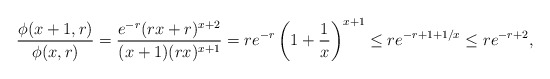
\begin{align*}\frac{\phi(x+1,r)}{\phi(x,r)}=\frac{e^{-r}(rx+r)^{x+2}}{(x+1)(rx)^{x+1}}= r e^{-r}\left(1+\frac{1}{x}\right)^{x+1}\le re^{-r+1+1/x}\le re^{-r+2},\end{align*}